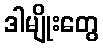
ဒါမျိုးတွေ